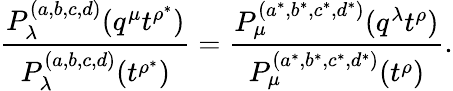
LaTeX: \frac{P_{\lambda}^{(a,b,c,d)}(q^{\mu}t^{\rho^{*}})}{P_{\lambda}^{(a,b,c,d)}(t^{\rho^{*}})}=\frac{P_{\mu}^{(a^{*},b^{*},c^{*},d^{*})}(q^{\lambda}t^{\rho})}{P_{\mu}^{(a^{*},b^{*},c^{*},d^{*})}(t^{\rho})}.